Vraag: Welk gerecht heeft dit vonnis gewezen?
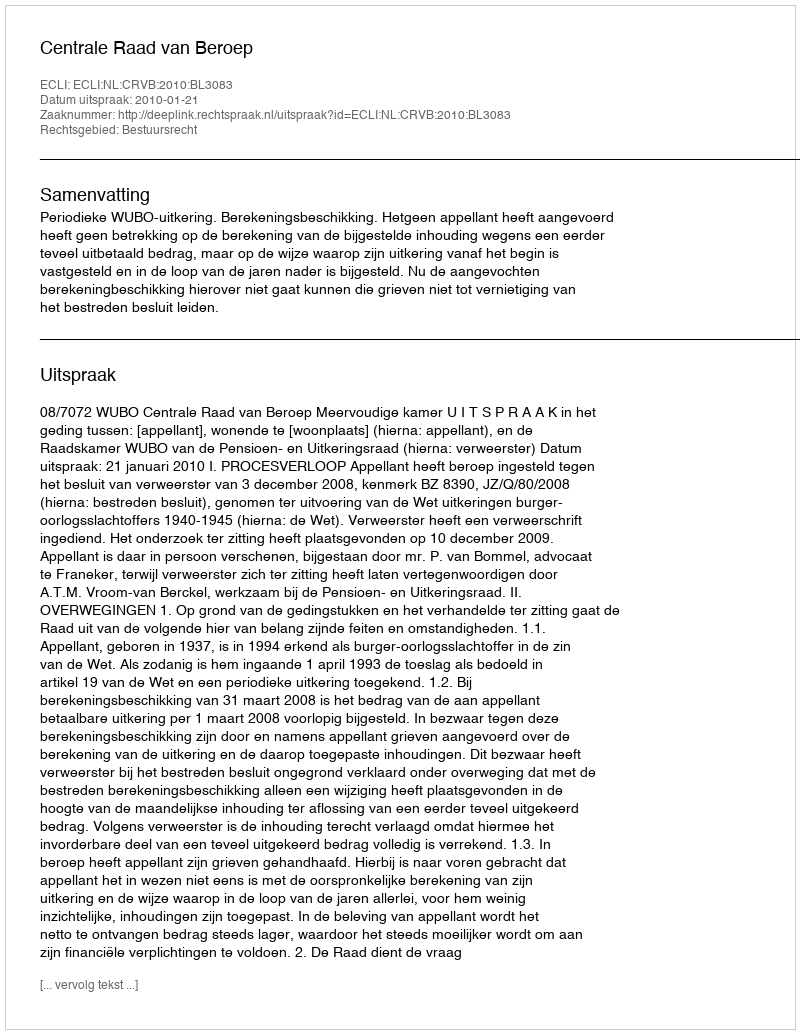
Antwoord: Centrale Raad van Beroep